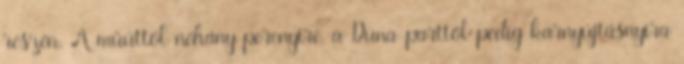
részén. A műúttól néhány percnyire, a Duna-parttól pedig karnyújtásnyira